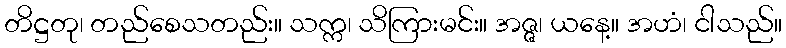
တိဋ္ဌတု၊ တည်စေသတည်း။ သက္က၊ သိကြားမင်း။ အဇ္ဇ၊ ယနေ့။ အဟံ၊ ငါသည်။